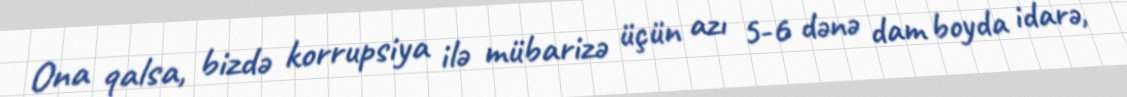
Ona qalsa, bizdə korrupsiya ilə mübarizə üçün azı 5-6 dənə dam boyda idarə,